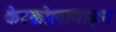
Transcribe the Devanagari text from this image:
केटकोलामाइन